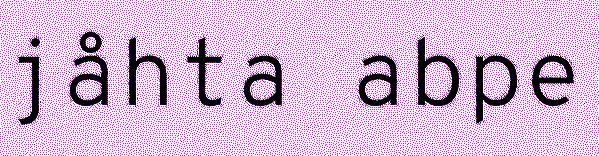
jåhta abpe